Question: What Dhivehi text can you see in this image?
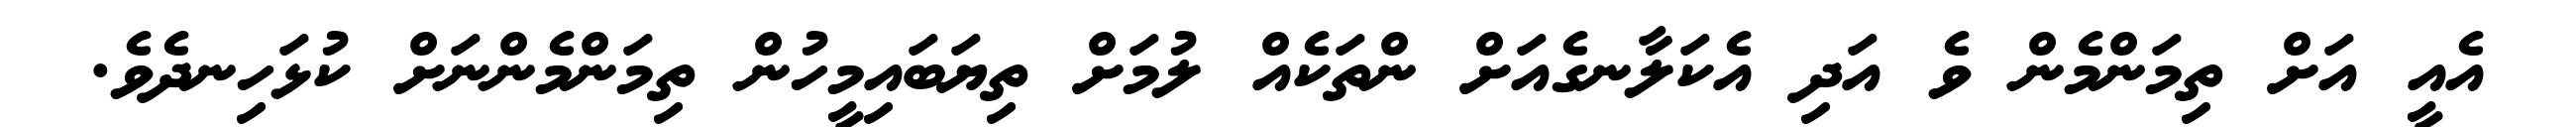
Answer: އެއީ އަށް ތިމަންމެން ވެ އަދި އެކަލާނގެއަށް ންތަކެއް ލުމަށް ތިޔަބައިމީހުން ތިމަންމެންނަށް ކުޅަހިނދެވެ.